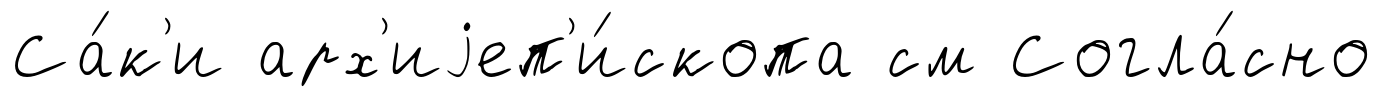
Са́к'и арх'иjеп'и́скопа см Согла́сно